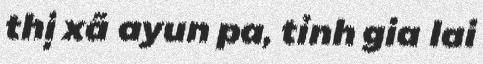
thị xã ayun pa, tỉnh gia lai